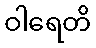
ဝါရေတိ